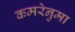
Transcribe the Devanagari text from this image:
कमरेनुमा